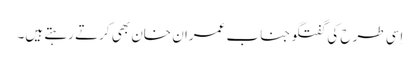
اِسی طرح کی گفتگو جناب عمران خان بھی کرتے رہتے ہیں۔